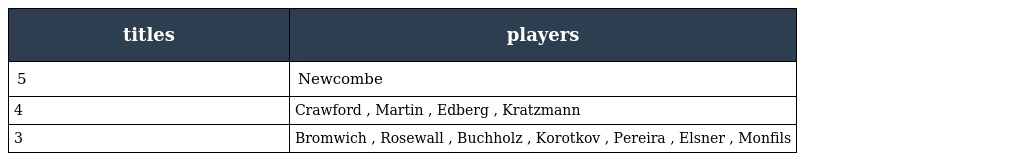
| titles | players |
 | --- | --- |
 | 5 | Newcombe |
 | 4 | Crawford , Martin , Edberg , Kratzmann |
 | 3 | Bromwich , Rosewall , Buchholz , Korotkov , Pereira , Elsner , Monfils |